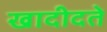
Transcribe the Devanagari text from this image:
खादीदते